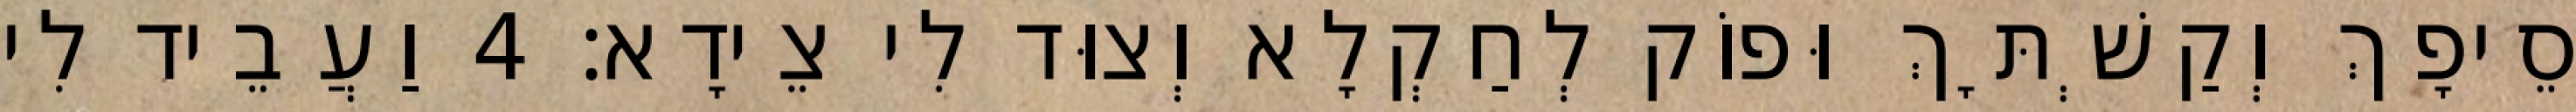
סֵיפָךְ וְקַשְׁתָּךְ וּפוֹק לְחַקְלָא וְצוּד לִי צֵידָא׃ 4 וַעֲבֵיד לִי